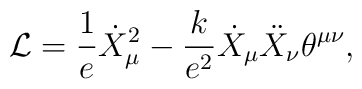
{\cal L} = \frac{1}{e} \dot{X}^2_\mu - \frac{k}{e^2} \dot{X}_\mu\ddot{X}_\nu \theta^{\mu\nu},